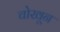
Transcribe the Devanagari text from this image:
चोखून